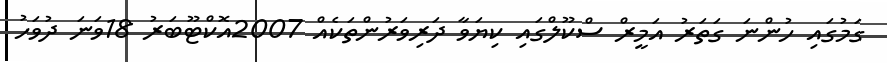
ގަމުގައި ހުންނަ ގަތަރު އަމީރް ސްކޫލްގައި ކިޔަވާ ދަރިވަރުންތަކެއް 2007އޮކްޓޫބަރު 18ވަނަ ދުވަހު